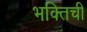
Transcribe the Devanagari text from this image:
भक्तिची